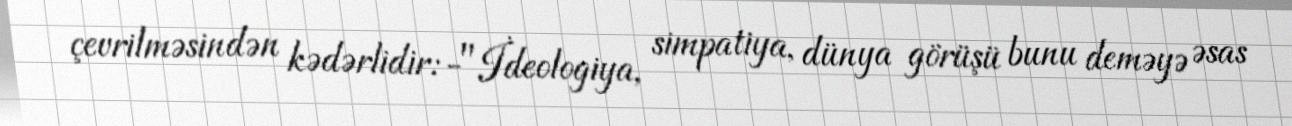
çevrilməsindən kədərlidir:-"İdeologiya, simpatiya, dünya görüşü bunu deməyə əsas